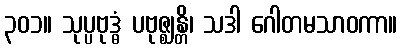
၃၀၁။ သုပ္ပဗုဒ္ဓံ ပဗုဇ္ဈန္တိ၊ သဒါ ဂေါတမသာဝကာ။